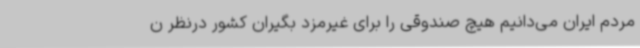
مردم ایران می‌دانیم هیچ صندوقی را برای غیرمزد بگیران کشور درنظر ن